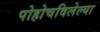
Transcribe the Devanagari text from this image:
पोहोचविलेल्या